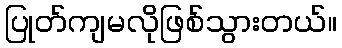
ပြုတ်ကျမလိုဖြစ်သွားတယ်။